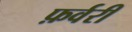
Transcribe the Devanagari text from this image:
फ़र्वरी